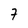
Character: 7